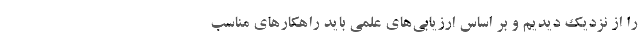
را از نزدیک دیدیم و بر اساس ارزیابی‌های علمی باید راهکارهای مناسب